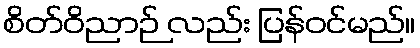
စိတ်ဝိညာဉ် လည်း ပြန်ဝင်မည်။